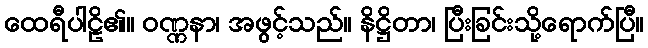
ထေရီပါဠိ၏။ ဝဏ္ဏနာ၊ အဖွင့်သည်။ နိဋ္ဌိတာ၊ ပြီးခြင်းသို့ရောက်ပြီ။